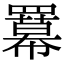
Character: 羃